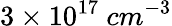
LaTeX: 3\times 10^{17}~cm^{-3}